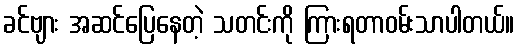
ခင်ဗျား အဆင်ပြေနေတဲ့ သတင်းကို ကြားရတာဝမ်းသာပါတယ်။